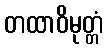
တထာဝိမုတ္တံ